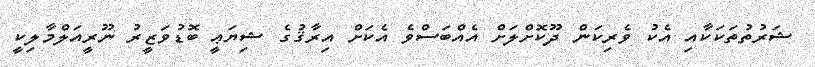
ޝަރުތުތަކަކާއި އެކު ވެރިކަން ދޫކޮށްލަށް އެއްބަސްވެ އެކަށް އިރާޤުގެ ޝިޔަޢީ ބޮޑުވަޒީރު ނޫރީއަލްމާލިކީ